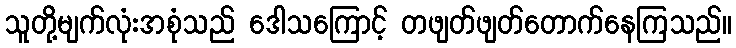
သူတို့မျက်လုံးအစုံသည် ဒေါသကြောင့် တဖျတ်ဖျတ်တောက်နေကြသည်။